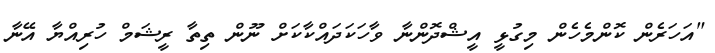
"އަހަރެން ކޮންމެހެން މިގުޅީ އީޝްދޮންނާ ވާހަކަދައްކާކަށް ނޫން ތިތާ ރީޝަމް ހުރިއްޔާ އޭނާ